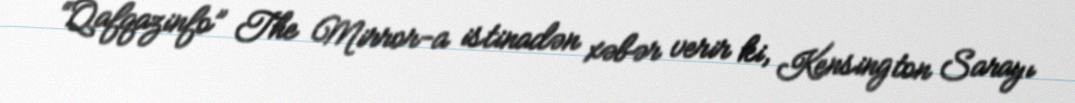
“Qafqazinfo” The Mirror-a istinadən xəbər verir ki, Kensington Sarayı